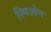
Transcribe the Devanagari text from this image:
स्चिओन